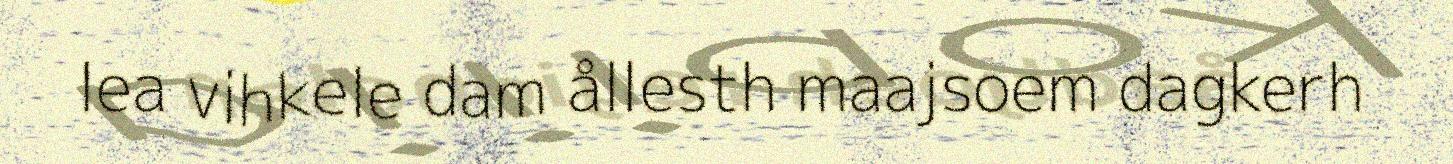
lea vihkele dam ållesth maajsoem dagkerh